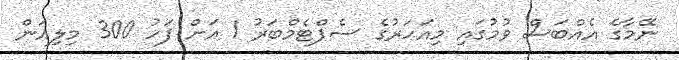
ނޭމާގެ އެއްބަސް ވުމުގައި މިއަހަރުގެ ސެޕްޓެމްބަރު 1 އަށް ފަހު 300 މިލިއަން